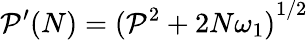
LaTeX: {\mathcal{P}^{\prime}}(N)={(\mathcal{P}^{2}+2N\omega_{1})}^{1/2}